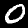
Label: 0